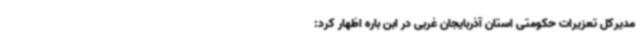
مدیرکل تعزیرات حکومتی استان آذربایجان غربی در ابن باره اظهار کرد: